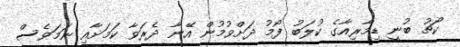
ކޯޗު ބުނީ ޑިމާރިއާގެ ކުލަބު ފޯމު ދަށްވުމުން އޭނާ ދެރަވާ ކަމަށާއި ނަމަވެސް